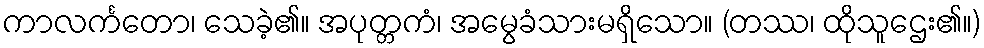
ကာလင်္ကတော၊ သေခဲ့၏။ အပုတ္တကံ၊ အမွေခံသားမရှိသော။ (တဿ၊ ထိုသူဌေး၏။)